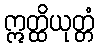
ဣတ္ထိယုတ္တံ